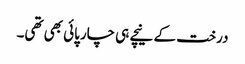
درخت کے نیچے ہی چارپائی بھی تھی۔